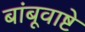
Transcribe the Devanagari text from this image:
बांबूवाष्टे